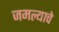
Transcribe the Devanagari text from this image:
जमल्याचे